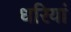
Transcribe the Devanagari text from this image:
धरियां